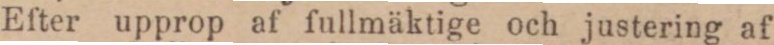
Efter upprop af fullmäktige och justering af